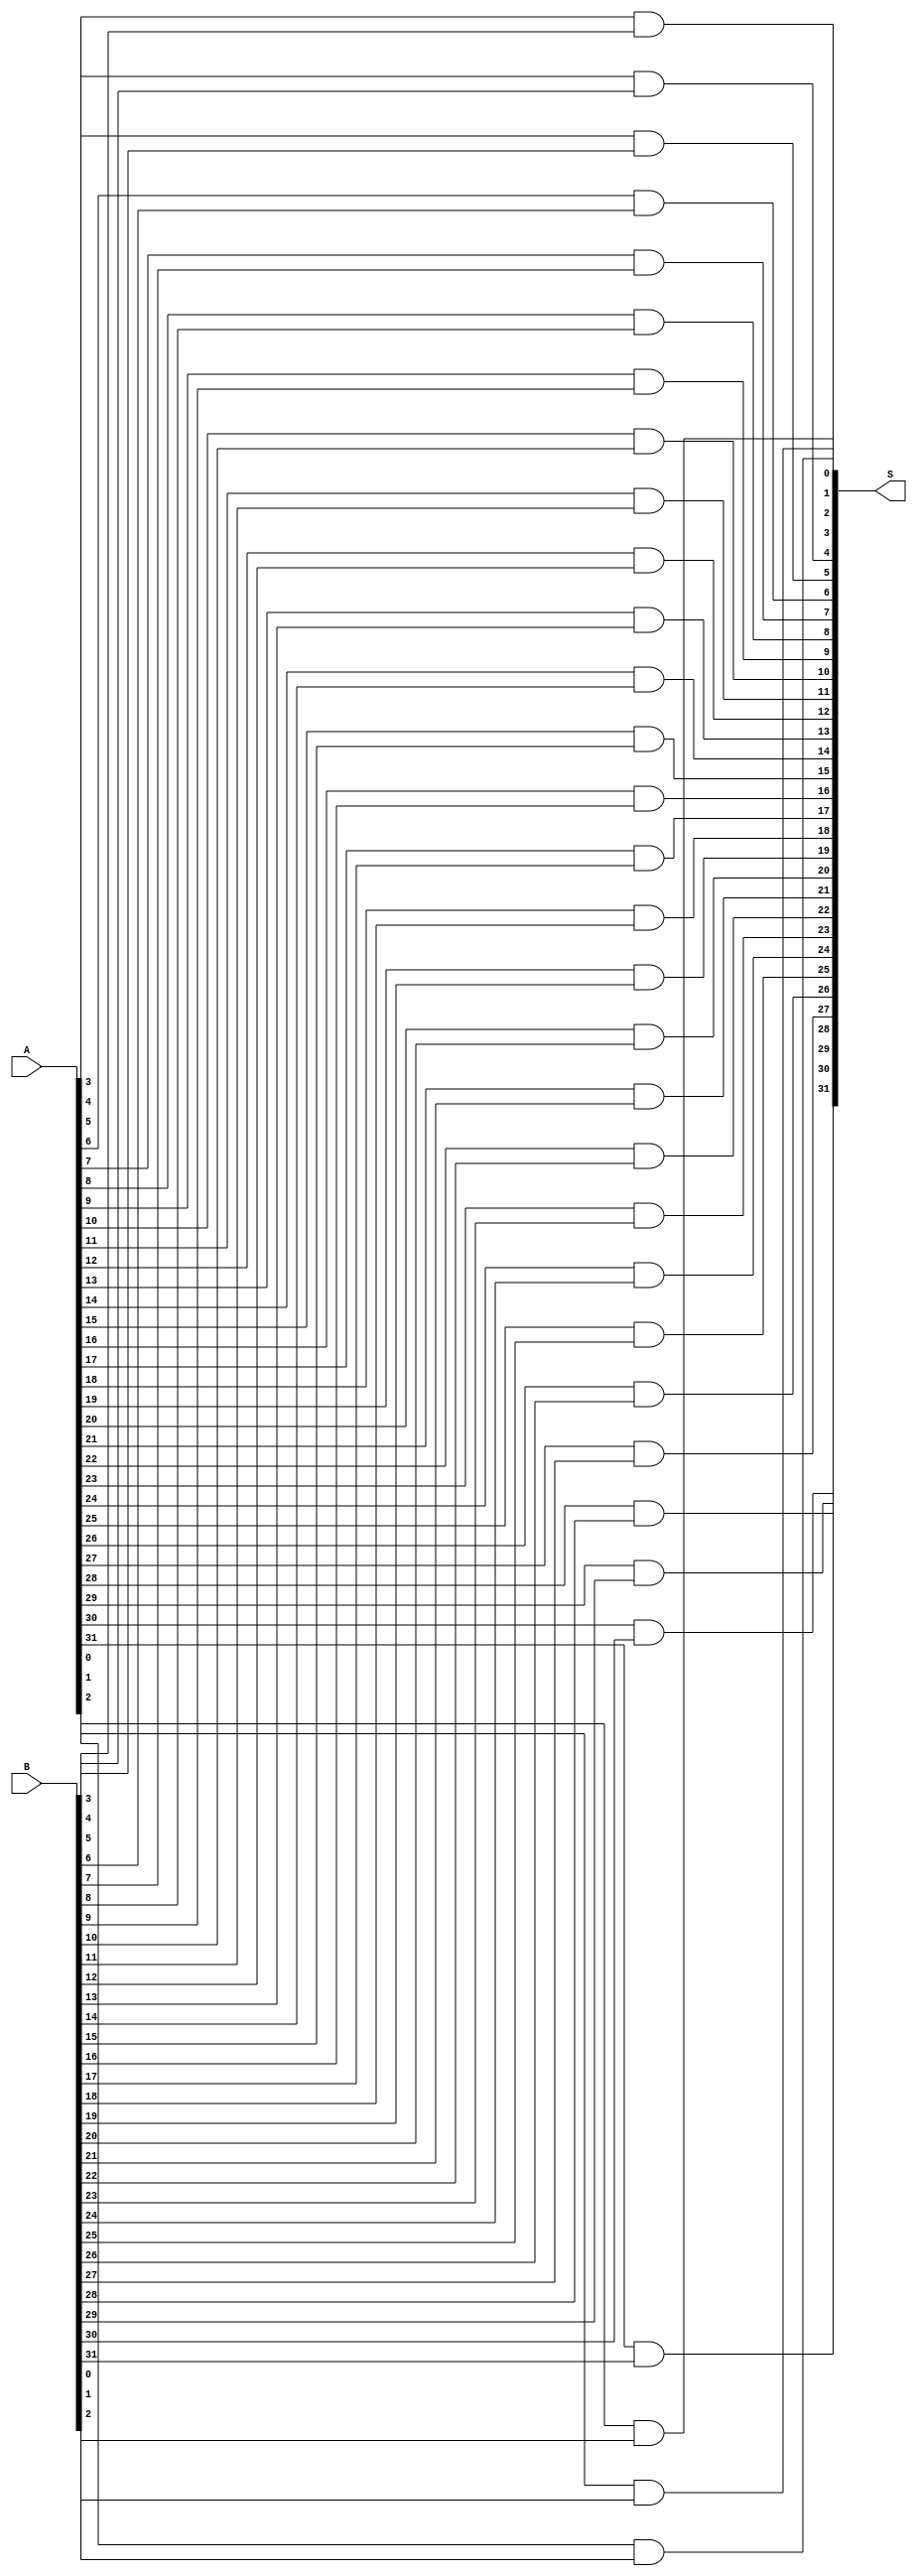
module and_32(A, B, S);
        
    input [31:0] A, B;

    output [31:0] S;

    and and_0(S[0], A[0], B[0]);
    and and_1(S[1], A[1], B[1]);
    and and_2(S[2], A[2], B[2]);
    and and_3(S[3], A[3], B[3]);
    and and_4(S[4], A[4], B[4]);
    and and_5(S[5], A[5], B[5]);
    and and_6(S[6], A[6], B[6]);
    and and_7(S[7], A[7], B[7]);
    and and_8(S[8], A[8], B[8]);
    and and_9(S[9], A[9], B[9]);
    and and_10(S[10], A[10], B[10]);
    and and_11(S[11], A[11], B[11]);
    and and_12(S[12], A[12], B[12]);
    and and_13(S[13], A[13], B[13]);
    and and_14(S[14], A[14], B[14]);
    and and_15(S[15], A[15], B[15]);
    and and_16(S[16], A[16], B[16]);
    and and_17(S[17], A[17], B[17]);
    and and_18(S[18], A[18], B[18]);
    and and_19(S[19], A[19], B[19]);
    and and_20(S[20], A[20], B[20]);
    and and_21(S[21], A[21], B[21]);
    and and_22(S[22], A[22], B[22]);
    and and_23(S[23], A[23], B[23]);
    and and_24(S[24], A[24], B[24]);
    and and_25(S[25], A[25], B[25]);
    and and_26(S[26], A[26], B[26]);
    and and_27(S[27], A[27], B[27]);
    and and_28(S[28], A[28], B[28]);
    and and_29(S[29], A[29], B[29]);
    and and_30(S[30], A[30], B[30]);
    and and_31(S[31], A[31], B[31]);

endmodule